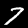
Digit: 7